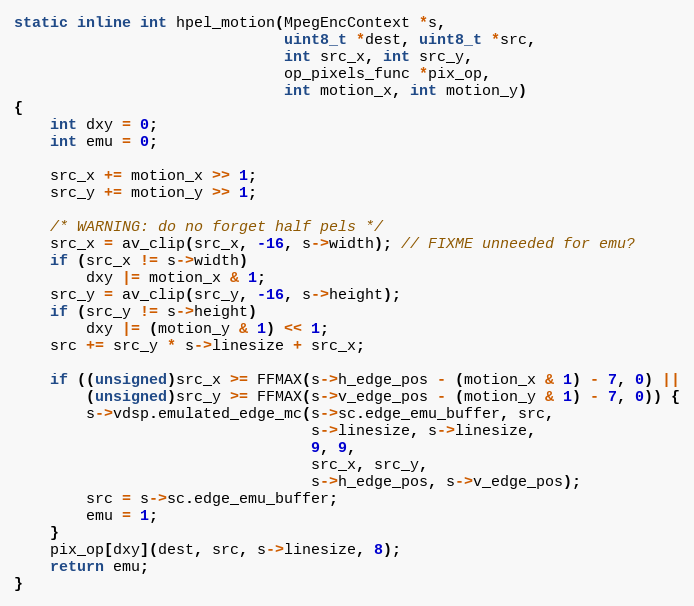
Language: C
static inline int hpel_motion(MpegEncContext *s,
                              uint8_t *dest, uint8_t *src,
                              int src_x, int src_y,
                              op_pixels_func *pix_op,
                              int motion_x, int motion_y)
{
    int dxy = 0;
    int emu = 0;

    src_x += motion_x >> 1;
    src_y += motion_y >> 1;

    /* WARNING: do no forget half pels */
    src_x = av_clip(src_x, -16, s->width); // FIXME unneeded for emu?
    if (src_x != s->width)
        dxy |= motion_x & 1;
    src_y = av_clip(src_y, -16, s->height);
    if (src_y != s->height)
        dxy |= (motion_y & 1) << 1;
    src += src_y * s->linesize + src_x;

    if ((unsigned)src_x >= FFMAX(s->h_edge_pos - (motion_x & 1) - 7, 0) ||
        (unsigned)src_y >= FFMAX(s->v_edge_pos - (motion_y & 1) - 7, 0)) {
        s->vdsp.emulated_edge_mc(s->sc.edge_emu_buffer, src,
                                 s->linesize, s->linesize,
                                 9, 9,
                                 src_x, src_y,
                                 s->h_edge_pos, s->v_edge_pos);
        src = s->sc.edge_emu_buffer;
        emu = 1;
    }
    pix_op[dxy](dest, src, s->linesize, 8);
    return emu;
}